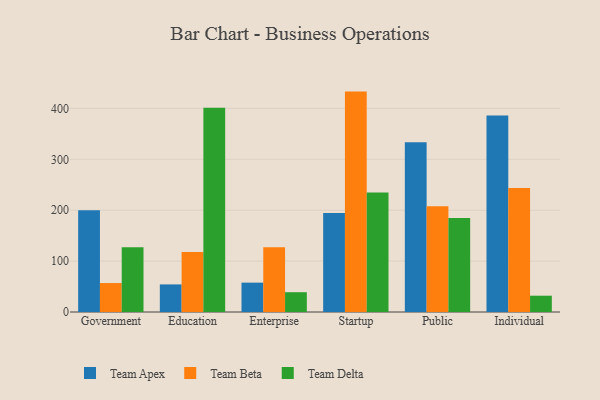
{"axis": {"x": "Segment", "y": "Revenue (USD Million)"}, "legend": ["Team Apex", "Team Beta", "Team Delta"], "data": [{"x": "Government", "y": 199.7, "type": "Team Apex"}, {"x": "Government", "y": 56.9, "type": "Team Beta"}, {"x": "Government", "y": 127.0, "type": "Team Delta"}, {"x": "Education", "y": 54.2, "type": "Team Apex"}, {"x": "Education", "y": 117.9, "type": "Team Beta"}, {"x": "Education", "y": 401.5, "type": "Team Delta"}, {"x": "Enterprise", "y": 57.7, "type": "Team Apex"}, {"x": "Enterprise", "y": 127.0, "type": "Team Beta"}, {"x": "Enterprise", "y": 38.9, "type": "Team Delta"}, {"x": "Startup", "y": 194.4, "type": "Team Apex"}, {"x": "Startup", "y": 433.0, "type": "Team Beta"}, {"x": "Startup", "y": 234.6, "type": "Team Delta"}, {"x": "Public", "y": 333.3, "type": "Team Apex"}, {"x": "Public", "y": 207.7, "type": "Team Beta"}, {"x": "Public", "y": 184.7, "type": "Team Delta"}, {"x": "Individual", "y": 386.1, "type": "Team Apex"}, {"x": "Individual", "y": 243.5, "type": "Team Beta"}, {"x": "Individual", "y": 32.0, "type": "Team Delta"}]}